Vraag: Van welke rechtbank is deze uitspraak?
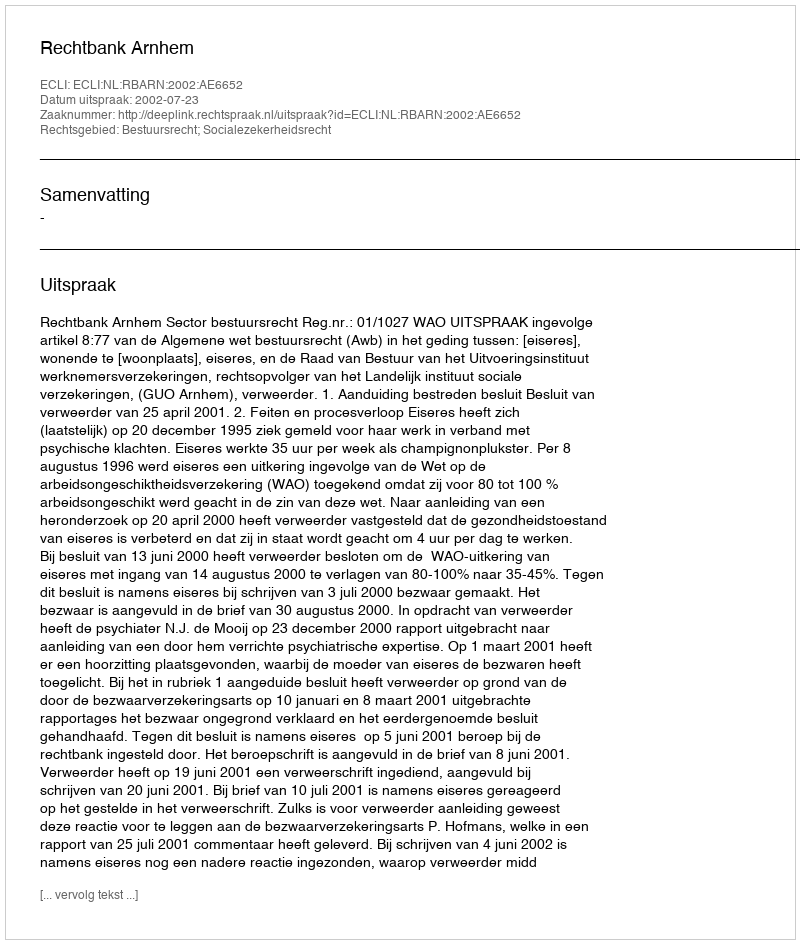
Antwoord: Rechtbank Arnhem